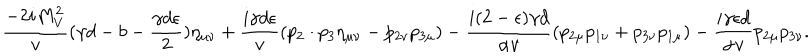
LaTeX: \frac { - 2 i M _ { V } ^ { 2 } } { v } ( \gamma d - b - \frac { \gamma d \epsilon } { 2 } ) \eta _ { \mu \nu } + \frac { i \gamma d \epsilon } { v } ( p _ { 2 } \cdot p _ { 3 } \eta _ { \mu \nu } - p _ { 2 \nu } p _ { 3 \mu } ) - \frac { i ( 2 - \epsilon ) \gamma d } { \alpha v } ( p _ { 2 \mu } p _ { 1 \nu } + p _ { 3 \nu } p _ { 1 \mu } ) - \frac { i \gamma \epsilon d } { \alpha v } p _ { 2 \mu } p _ { 3 \nu } .